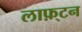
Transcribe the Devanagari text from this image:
लाफ़्टन